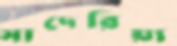
মাদেরিয়া